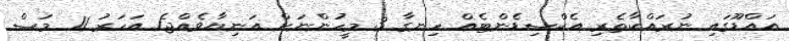
އައްޑޫގައި ނުރައްކާތެރި އެކްސިޑެންޓެއް ހިނގާ 3 މީހުންނަށް އަނިޔާވެއްޖެ1 އަހަރު 11 މަސް